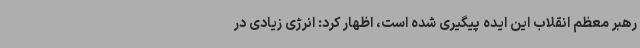
رهبر معظم انقلاب این ایده پیگیری شده است، اظهار کرد: انرژی زیادی در